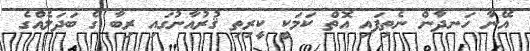
އޭނާ ހަނދާން ނެތިފައި އޮތް ކަމަކީ ކީރިތި ޤުރުއާނުގައި ރިބާ ގެ ބަދަލެއްގެ